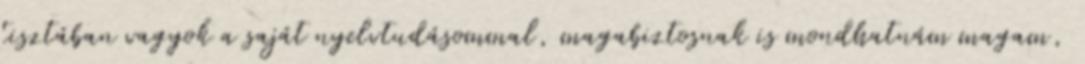
tisztában vagyok a saját nyelvtudásommal, magabiztosnak is mondhatnám magam,